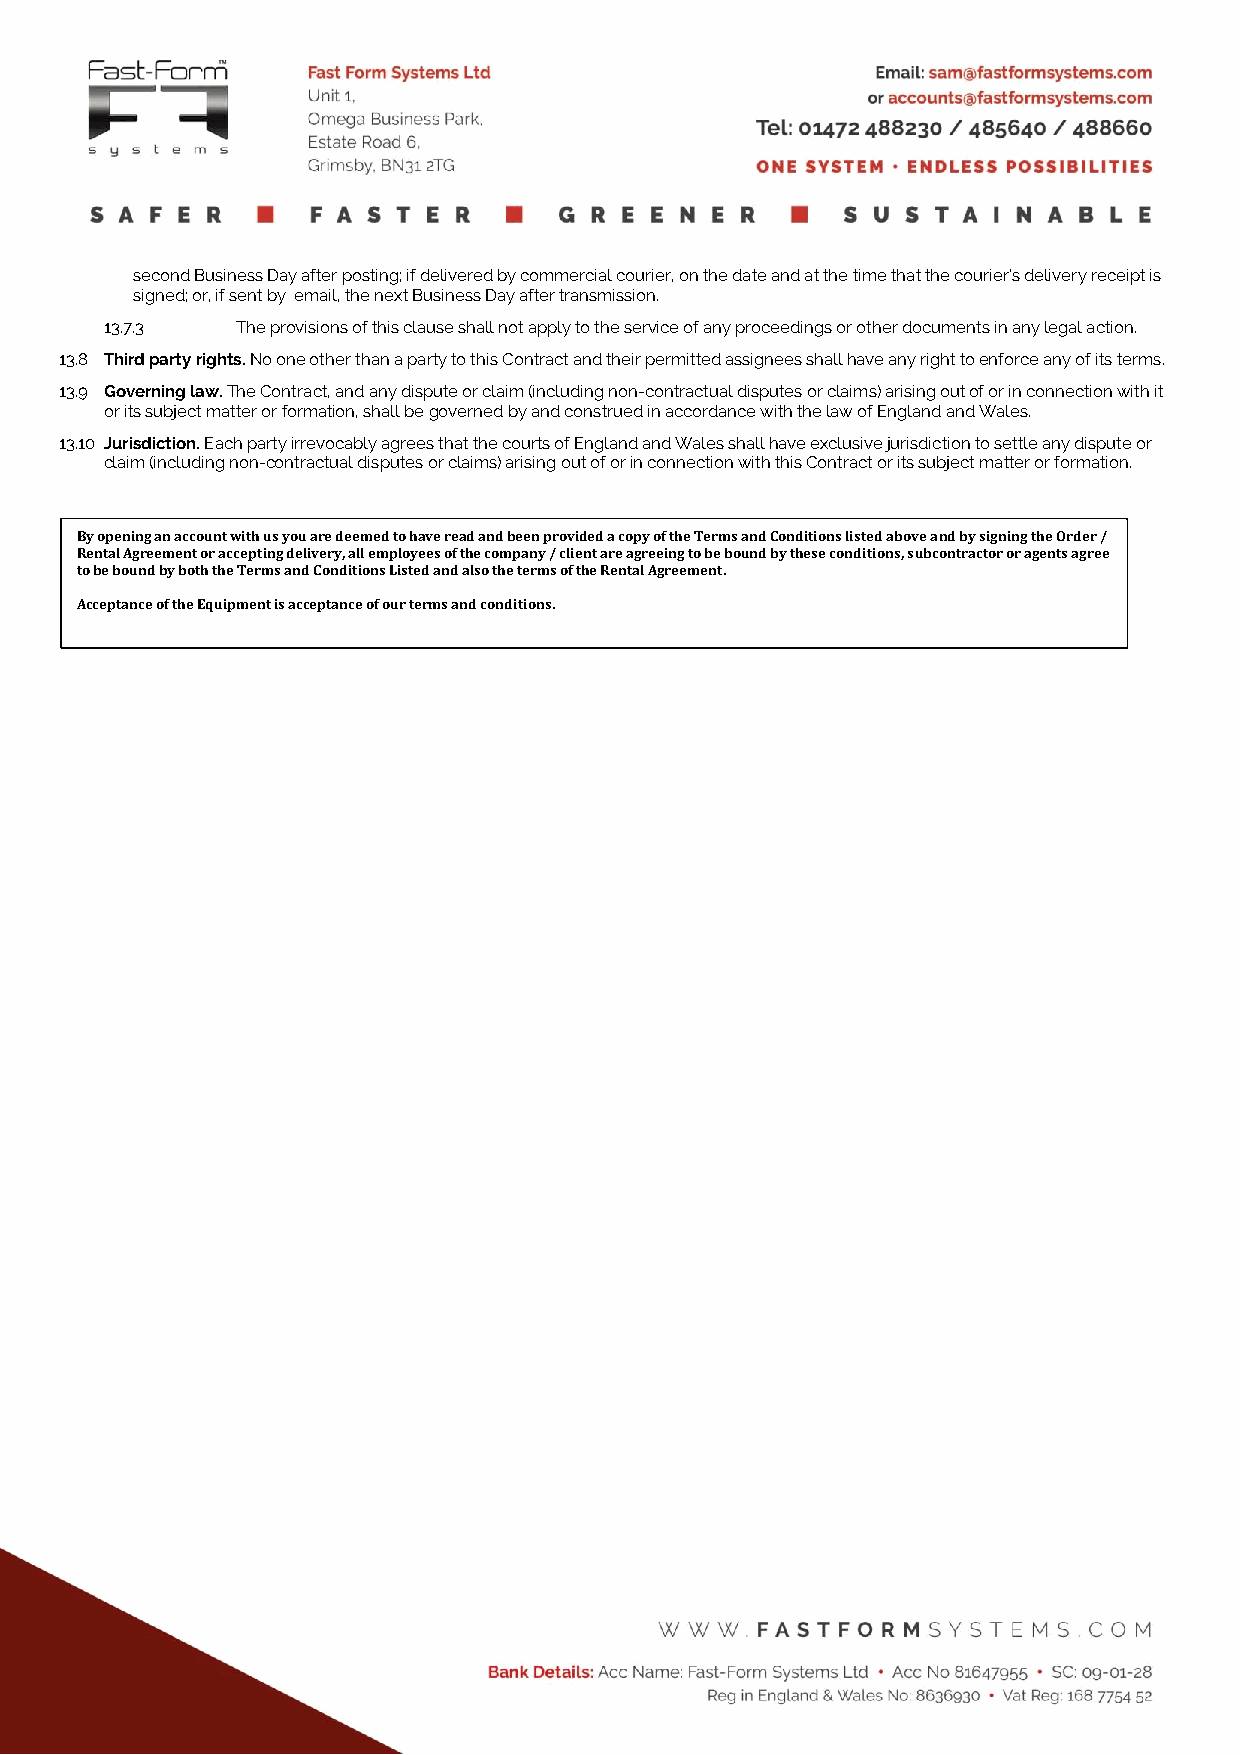
second Business Day after posting; if delivered by commercial courier, on the date and at the time that the courier's delivery receipt is
 signed; or, if sent by email, the next Business Day after transmission.
 13.7.3   The provisions of this clause shall not apply to the service of any proceedings or other documents in any legal action.
 13.8 Third party rights. No one other than a party to this Contract and their permitted assignees shall have any right to enforce any of its terms.
 13.9 Governing law. The Contract, and any dispute or claim (including non-contractual disputes or claims) arising out of or in connection with it
 or its subject matter or formation, shall be governed by and construed in accordance with the law of England and Wales.
 13.10 Jurisdiction. Each party irrevocably agrees that the courts of England and Wales shall have exclusive jurisdiction to settle any dispute or
 claim (including non-contractual disputes or claims) arising out of or in connection with this Contract or its subject matter or formation.
 By opening an account with us you are deemed to have read and been provided a copy of the Terms and Conditions listed above and by signing the Order /
 Rental Agreement or accepting delivery, all employees of the company / client are agreeing to be bound by these conditions, subcontractor or agents agree
 to be bound by both the Terms and Conditions Listed and also the terms of the Rental Agreement.
 Acceptance of the Equipment is acceptance of our terms and conditions.